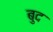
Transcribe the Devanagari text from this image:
बुद